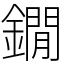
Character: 鐗